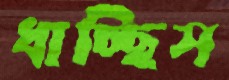
ধাচ্ছিস